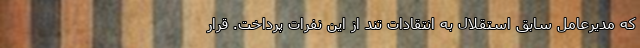
که مدیرعامل سابق استقلال به انتقادات تند از این نفرات پرداخت. قرار